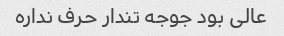
عالی بود جوجه تندار حرف نداره